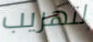
لتهريب